Insane asylums in Bengal annual reports 1867-1875 - 1867-1875
Year: 1867
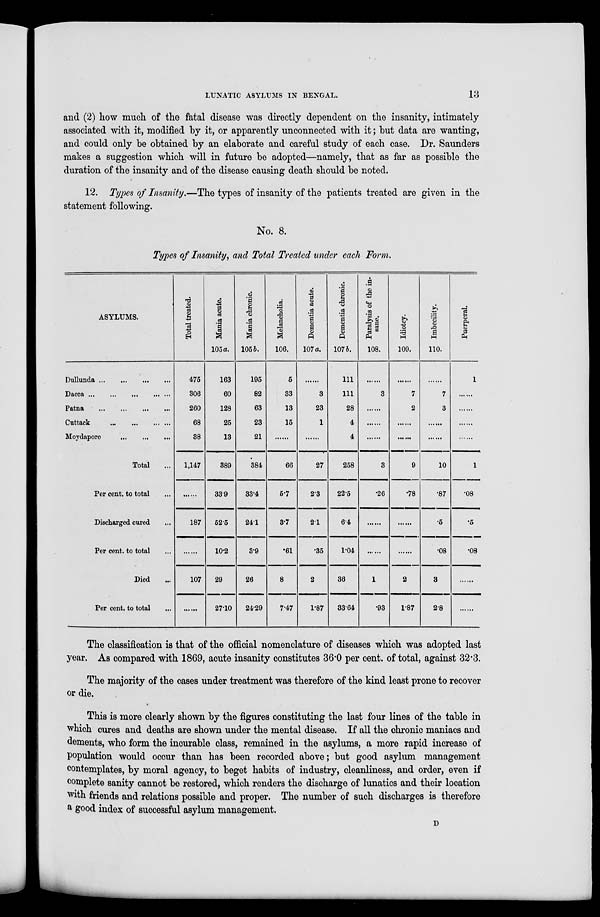
LUNATIC ASYLUMS IN BENGAL.
13
and (2) how much of the fatal disease was directly dependent on the insanity, intimately
associated with it, modified by it, or apparently unconnected with it; but data are wanting,
and could only be obtained by an elaborate and careful study of each case. Dr. Saunders
makes a suggestion which will in future be adopted—namely, that as far as possible the
duration of the insanity and of the disease causing death should be noted.
12. Types of Insanity.—The types of insanity of the patients treated are given in the
statement following.
No. 8.
Types of Insanity, and Total Treated under each Form.
ASYLUMS.
Dullunda
...
...
...
...
Dacca ... ... ... ... ... ...
Patna ... ... ... ...
Cuttack ... ... ... ...
Moydapore ... ... ...
Total ...
Per cent to total ...
Discharged cured ...
Per cent. to total ...
Died ...
Per cent. to total ...
Total treated.
475
306
260
68
38
1,147
......
187
......
107
......
Mania acute.
105 a.
163
60
128
25
13
389
33.9
5.25
10.2
29
27.10
Mania chronic.
105 b.
195
82
63
23
21
384
33.4
24.1
3.9
26
24.29
Melancholia.
106.
5
33
13
15
......
66
5.7
3.7
.61
8
7.47
Dementia acute.
107 a.
......
3
23
1
......
27
2.3
2.1
.35
2
1.87
Dementia chronic.
107 b.
111
111
28
4
4
258
22.5
6.4
1.04
36
33.64
Paralysis of the in-
sane.
108.
......
3
......
......
......
3
.26
......
......
1
.93
Idiotcy.
109.
......
7
2
......
......
9
.78
......
......
2
1.87
Imbecility.
110.
......
7
3
......
......
10
.87
.5
.08
3
2.8
Puerperal.
1
......
......
......
......
1
.08
.5
.08
......
......
The classification is that of the official nomenclature of diseases which was adopted last
year. As compared with 1869, acute insanity constitutes 36.0 per cent. of total, against 32.3.
The majority of the cases under treatment was therefore of the kind least prone to recover
or die.
This is more clearly shown by the figures constituting the last four lines of the table in
which cures and deaths are shown under the mental disease. If all the chronic maniacs and
dements, who form the incurable class, remained in the asylums, a more rapid increase of
population would occur than has been recorded above; but good asylum management
contemplates, by moral agency, to beget habits of industry, cleanliness, and order, even if
complete sanity cannot be restored, which renders the discharge of lunatics and their location
with friends and relations possible and proper. The number of such discharges is therefore
a good index of successful asylum management.
D